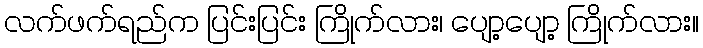
လက်ဖက်ရည်က ပြင်းပြင်း ကြိုက်လား၊ ပျော့ပျော့ ကြိုက်လား။